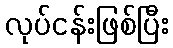
လုပ်ငန်းဖြစ်ပြီး